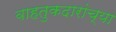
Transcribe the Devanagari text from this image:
वाहतुकदारांच्या